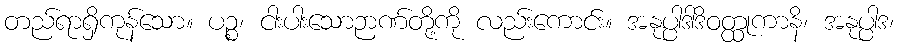
တည်ရာရှိကုန်သော။ ပဉ္စ၊ ငါးပါးသောဉာဏ်တို့ကို လည်းကောင်း။ အနုပ္ပါဒါဒိဝတ္ထုကာနိ၊ အနုပ္ပါဒ၊